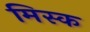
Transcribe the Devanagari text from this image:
मिस्क